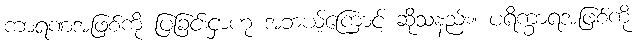
ကာရဏအဖြစ်ကို ပြခြင်းငှာဟု အဘယ့်ကြောင့် ဆိုသနည်း။ ပရိက္ခာရအဖြစ်ကို